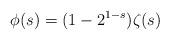
LaTeX: \begin{align*}\phi(s) = (1-2^{1-s})\zeta(s)\end{align*}